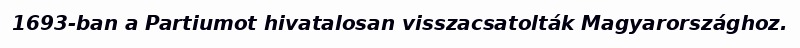
1693-ban a Partiumot hivatalosan visszacsatolták Magyarországhoz.